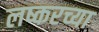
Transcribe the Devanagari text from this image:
लष्करच्या